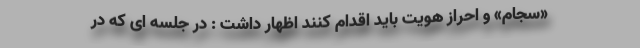
«سجام» و احراز هویت باید اقدام کنند اظهار داشت : در جلسه ای که در